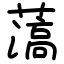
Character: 薃